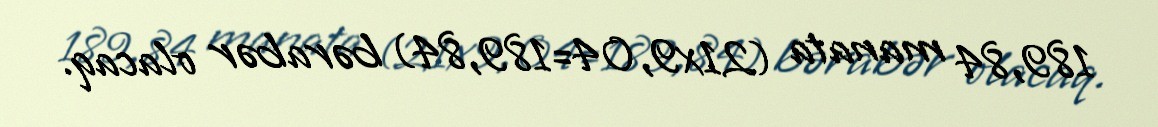
189,84 manata (21x9,04=189,84) bərabər olacaq.